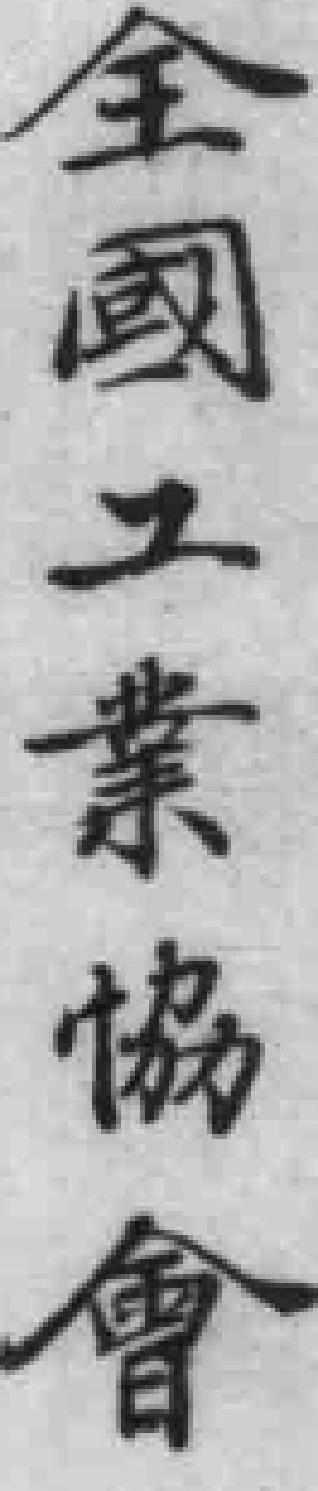
全國工業協會